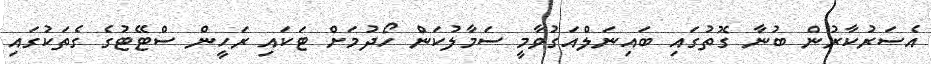
އެސަރުކާރުން ބުނާ ގޮތުގައި ބައިނަލްއަގުވާމީ ސަމާލުކަން ހޯދުމަށް ޓަކައި ރަހީން ސްޓޭޓުގެ ގެތަކުގައި